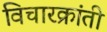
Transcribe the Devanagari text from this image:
विचारक्रांती